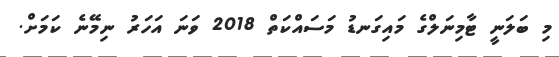
މި ބަލަނީ ޓާމިނަލްގެ މައިގަނޑު މަސައްކަތް 2018 ވަނަ އަހަރު ނިމޭނެ ކަމަށް.